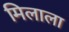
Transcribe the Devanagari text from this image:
मिलाला